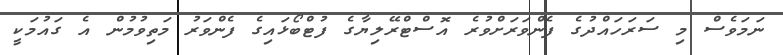
ނަމަވެސް މި ސަރަހައްދުގެ ފެންވަރަށްވުރެ އޮސްޓްރޭލިޔާގެ ފުޓްބޯޅައިގެ ފެންވަރު މަތިވުމުން އެ ގައުމަކީ